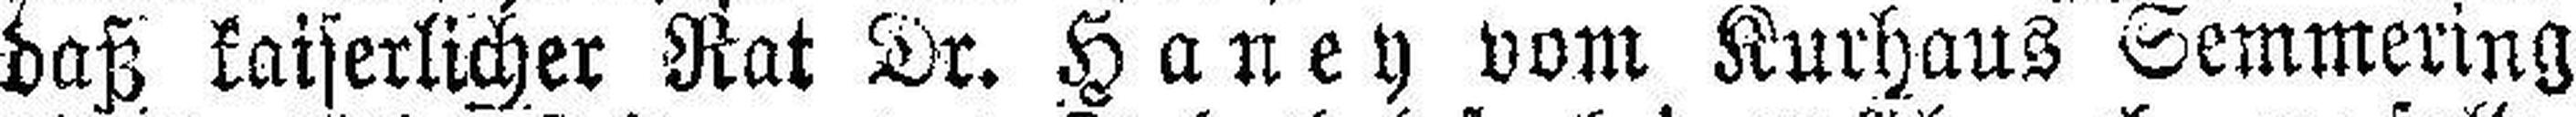
hast kaiserlicher Rat Dr. Haney vom Kurhaus Semmering